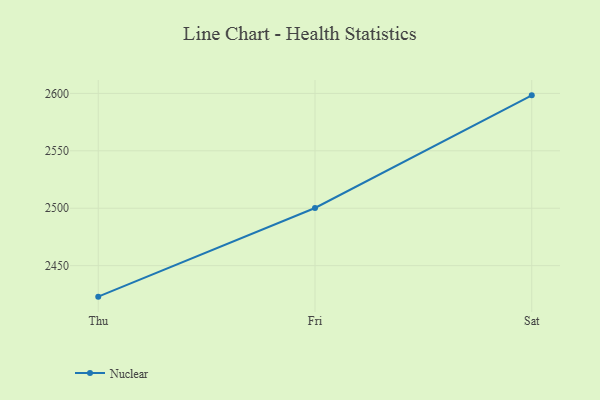
{"axis": {"x": "Day", "y": "Headcount"}, "legend": ["Nuclear"], "data": [{"x": "Thu", "y": 2423.0, "type": "Nuclear"}, {"x": "Fri", "y": 2500.2, "type": "Nuclear"}, {"x": "Sat", "y": 2598.3, "type": "Nuclear"}]}